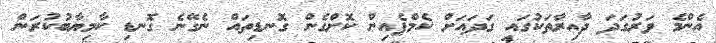
އެންމެ ވަރުގަދަ ދާއިރާތަކުގައި ގަދައަށް ކެމްޕެއިން ކޮށްގެން ގޮނޑިތައް ނެގޭނެ ގޮނޑި ކާމިޔާބުކުރަން